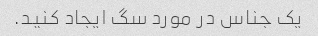
یک جناس در مورد سگ ایجاد کنید.